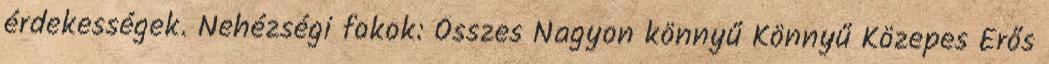
érdekességek. Nehézségi fokok: Összes Nagyon könnyű Könnyű Közepes Erős